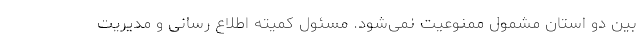
بین دو استان مشمول ممنوعیت نمی‌شود. مسئول کمیته اطلاع رسانی و مدیریت